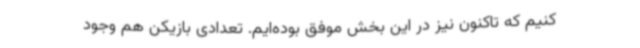
کنیم که تاکنون نیز در این بخش موفق بوده‌ایم. تعدادی بازیکن هم وجود